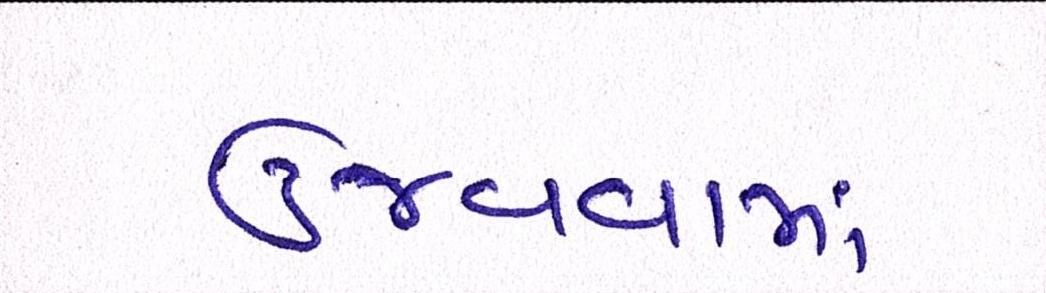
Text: ઉજવવામાં